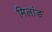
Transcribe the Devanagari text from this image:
मिलांड